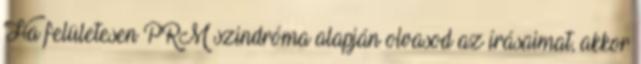
Ha felületesen PRM szindróma alapján olvasod az írásaimat, akkor